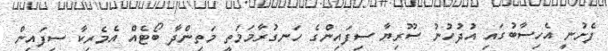
ފެށުނީ އެހިސާބުގައި އުދުހުނު ސޫރިޔާ ސިފައިންގެ ހަނގުރާމަމަތީ މަތިންދާ ބޯޓެއް އެމެރިކާ ސިފައިން